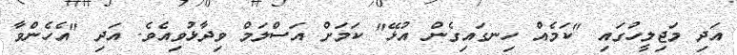
އަދި މަޖިލީހުގައި "ކަމެއް ހިނގައިގެން އުޅޭ" ކަމަށް އަސްލަމް ވިދާޅުވިއެވެ. އަދި "އެހެންވާ